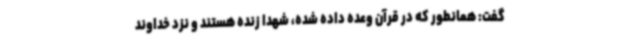
گفت: همانطور که در قرآن وعده داده شده، شهدا زنده هستند و نزد خداوند